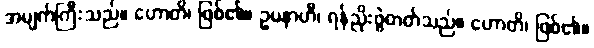
အမျက်ကြီးသည်။ ဟောတိ၊ ဖြစ်၏။ ဥပနာဟီ၊ ရန်ညိုးဖွဲတတ်သည်။ ဟောတိ၊ ဖြစ်၏။